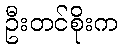
ဦးတင်စိုးက